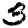
Digit: 3